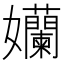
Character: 孏